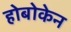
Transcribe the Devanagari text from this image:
होबोकेन